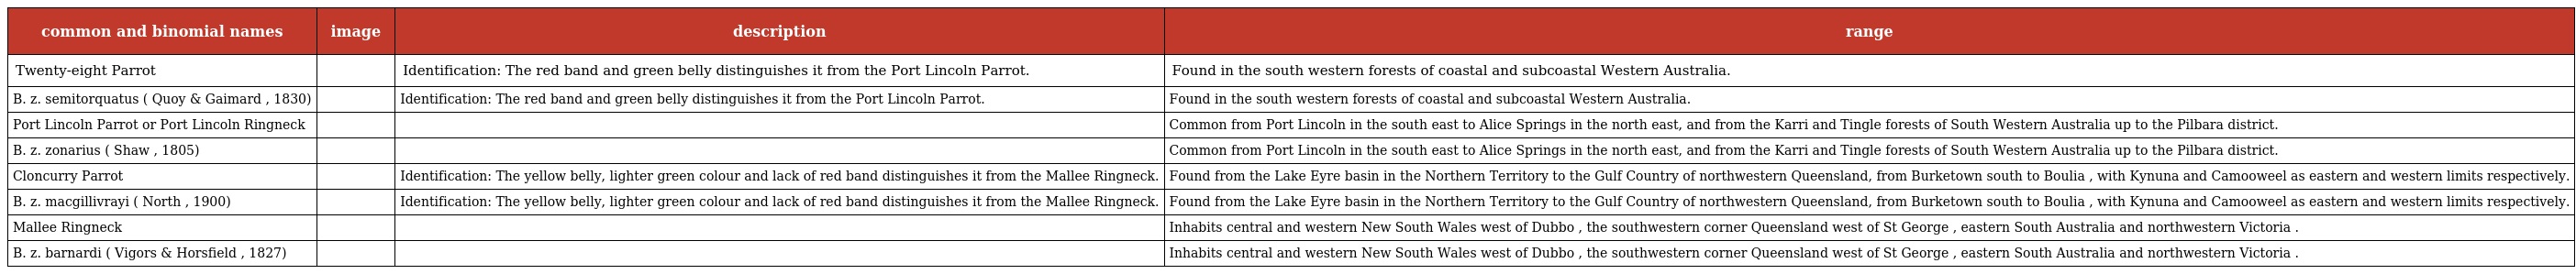
| common and binomial names | image | description | range |
 | --- | --- | --- | --- |
 | Twenty-eight Parrot |  | Identification: The red band and green belly distinguishes it from the Port Lincoln Parrot. | Found in the south western forests of coastal and subcoastal Western Australia. |
 | B. z. semitorquatus ( Quoy & Gaimard , 1830) |  | Identification: The red band and green belly distinguishes it from the Port Lincoln Parrot. | Found in the south western forests of coastal and subcoastal Western Australia. |
 | Port Lincoln Parrot or Port Lincoln Ringneck |  |  | Common from Port Lincoln in the south east to Alice Springs in the north east, and from the Karri and Tingle forests of South Western Australia up to the Pilbara district. |
 | B. z. zonarius ( Shaw , 1805) |  |  | Common from Port Lincoln in the south east to Alice Springs in the north east, and from the Karri and Tingle forests of South Western Australia up to the Pilbara district. |
 | Cloncurry Parrot |  | Identification: The yellow belly, lighter green colour and lack of red band distinguishes it from the Mallee Ringneck. | Found from the Lake Eyre basin in the Northern Territory to the Gulf Country of northwestern Queensland, from Burketown south to Boulia , with Kynuna and Camooweel as eastern and western limits respectively. |
 | B. z. macgillivrayi ( North , 1900) |  | Identification: The yellow belly, lighter green colour and lack of red band distinguishes it from the Mallee Ringneck. | Found from the Lake Eyre basin in the Northern Territory to the Gulf Country of northwestern Queensland, from Burketown south to Boulia , with Kynuna and Camooweel as eastern and western limits respectively. |
 | Mallee Ringneck |  |  | Inhabits central and western New South Wales west of Dubbo , the southwestern corner Queensland west of St George , eastern South Australia and northwestern Victoria . |
 | B. z. barnardi ( Vigors & Horsfield , 1827) |  |  | Inhabits central and western New South Wales west of Dubbo , the southwestern corner Queensland west of St George , eastern South Australia and northwestern Victoria . |